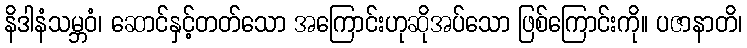
နိဒါနံသမ္ဘဝံ၊ ဆောင်နှင့်တတ်သော အကြောင်းဟုဆိုအပ်သော ဖြစ်ကြောင်းကို။ ပဇာနာတိ၊